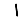
Digit: 1